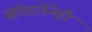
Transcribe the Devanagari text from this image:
संघटनेनेही